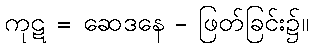
ကုဋ = ဆေဒနေ - ဖြတ်ခြင်း၌။